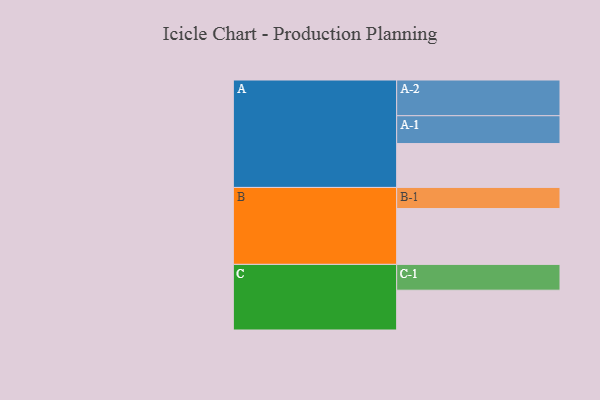
{"axis": {"x": "Segment", "y": "Value"}, "legend": ["", "A", "B", "C"], "data": [{"x": "A", "y": 345, "type": ""}, {"x": "B", "y": 439, "type": ""}, {"x": "C", "y": 313, "type": ""}, {"x": "A-1", "y": 219, "type": "A"}, {"x": "A-2", "y": 281, "type": "A"}, {"x": "B-1", "y": 166, "type": "B"}, {"x": "C-1", "y": 203, "type": "C"}]}